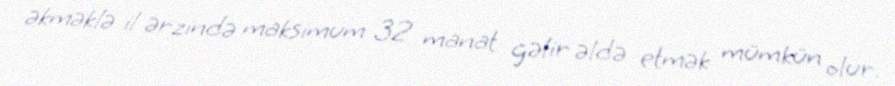
əkməklə il ərzində maksimum 32 manat gəlir əldə etmək mümkün olur.